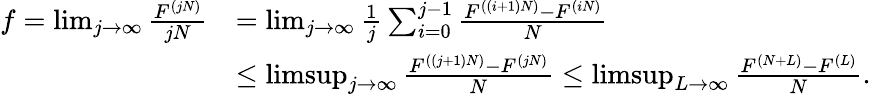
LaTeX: \begin{array}{rl}{f=\operatorname*{lim}_{j\rightarrow\infty}\frac{F^{(jN)}}{jN}}&{=\operatorname*{lim}_{j\rightarrow\infty}\frac{1}{j}\sum_{i=0}^{j-1}\frac{F^{((i+1)N)}-F^{(iN)}}{N}}\\ &{\leq\operatorname*{limsup}_{j\rightarrow\infty}\frac{F^{((j+1)N)}-F^{(jN)}}{N}\leq\operatorname*{limsup}_{L\rightarrow\infty}\frac{F^{(N+L)}-F^{(L)}}{N}.}\end{array}